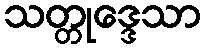
သတ္တုဒ္ဒေသာ